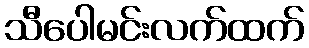
သီပေါမင်းလက်ထက်